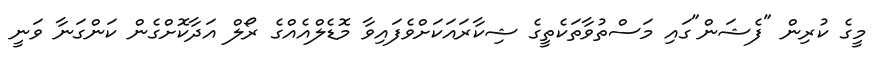
މީގެ ކުރިން "ފެޝަން"ގައި މަސްތުވާތަކެތީގެ ޝިކާރައަކަށްވެފައިވާ މޮޑެލްއެއްގެ ރޯލްް އަދާކޮށްގެން ކަންގަނާ ވަނީ